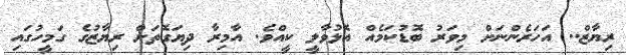
ރިޔާޒް.. އަހަރެންނަށް މިވަރު ބޮޑުކަމެއް އޮޅުވާލީ ކީއްވެ. އާމިރާ ދިޔަގޮތަށް ރިޔާޒުގެ ގަމީހުގައި